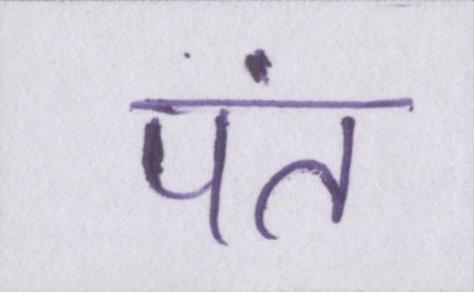
पंत